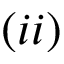
( i i )